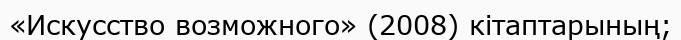
«Искусство возможного» (2008) кітаптарының;